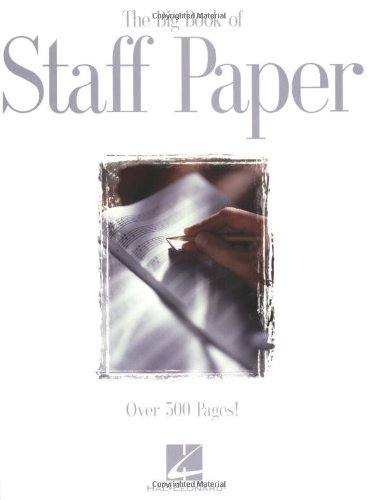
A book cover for The Big Book of Staff Paper; Arts & Photography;